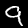
Digit: 9